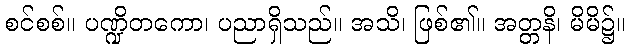
စင်စစ်။ ပဏ္ဍိတကော၊ ပညာရှိသည်။ အသိ၊ ဖြစ်၏။ အတ္တနိ၊ မိမိ၌။